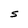
Character: S